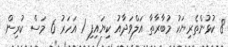
8 ކުޅުންތެރިޔަކު މުބާރާތާ އަލްވަދާއު ކިޔައިފި 1 އަހަރު 6 މަސް ކުރިން.